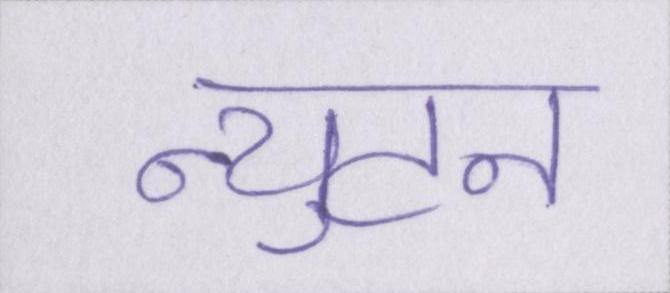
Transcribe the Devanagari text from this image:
न्युटन